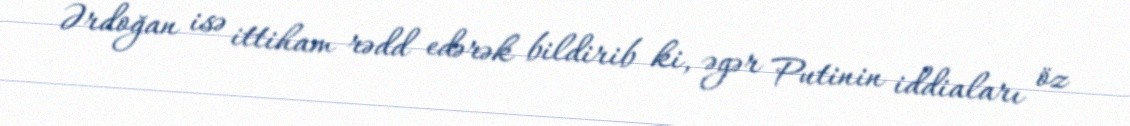
Ərdoğan isə ittiham rədd edərək bildirib ki, əgər Putinin iddiaları öz